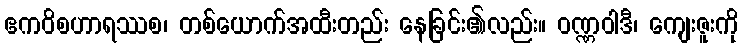
ဧကဝိစဟာရဿစ၊ တစ်ယောက်အထီးတည်း နေခြင်း၏လည်း။ ဝဏ္ဏဝါဒီ၊ ကျေးဇူးကို